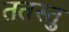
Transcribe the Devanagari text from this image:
ततस्तु